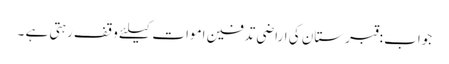
جواب :قبرستان کی اراضی تدفین اموات کیلئے وقف رہتی ہے ۔